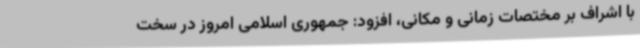
با اشراف بر مختصات زمانی و مکانی، افزود: جمهوری اسلامی امروز در سخت